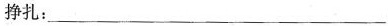
挣扎：___